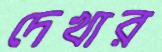
দেখার